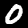
Digit: 0